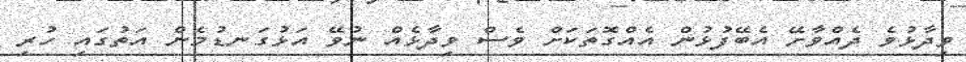
ވިދާޅުވެ ދެއްވާށޭ އެބޭފުޅުން އެއްގޮތަކަށް ވެސް ވިދާޅެއް ނުވޭ އަޅުގަނޑުމެން އަތުގައި ހުރި